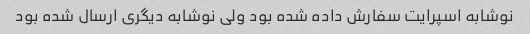
نوشابه اسپرایت سفارش داده شده بود ولی نوشابه دیگری ارسال شده بود